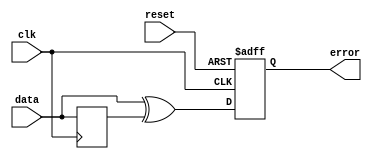
module error_detector (
    input data, clk,reset,
    output reg error 
    );
    reg q;
    wire initial_error;
    assign initial_error = data ^ q;
    always @(posedge clk) begin
        q <= data;
    end 
    always @(negedge clk or negedge reset) begin
        if(!reset) begin
            error<=1'b0;
        end
        else begin
            error<=initial_error;
        end
    end 
endmodule